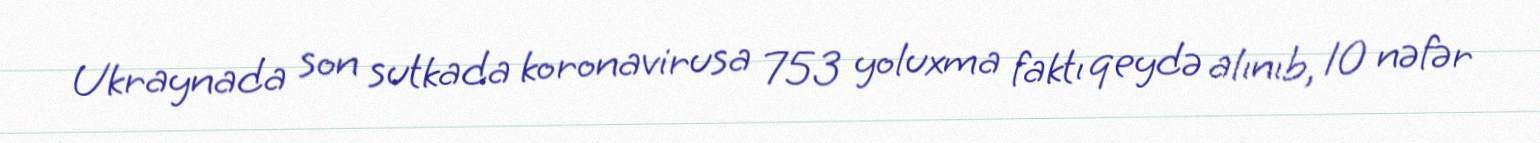
Ukraynada son sutkada koronavirusa 753 yoluxma faktı qeydə alınıb, 10 nəfər